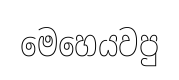
මෙහෙයවපු